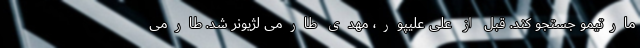
مارتیمو جستجو کند. قبل از علی علیپور، مهدی طارمی لژیونر شد. طارمی